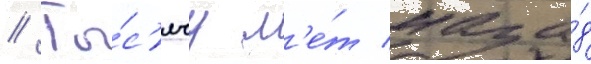
// Ты́с'ячу л'е́т наза́д